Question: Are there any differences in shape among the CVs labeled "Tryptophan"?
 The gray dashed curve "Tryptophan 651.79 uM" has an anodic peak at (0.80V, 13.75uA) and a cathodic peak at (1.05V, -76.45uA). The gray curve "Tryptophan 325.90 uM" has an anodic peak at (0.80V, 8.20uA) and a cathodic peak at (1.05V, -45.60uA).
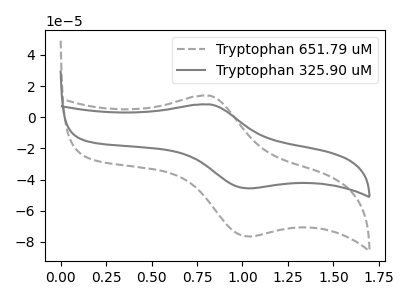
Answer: <think>All the peaks in "Tryptophan 651.79 uM" have a peak in "Tryptophan 325.90 uM" at the same potential. Every peak in "Tryptophan 651.79 uM" is higher than every peak in "Tryptophan 325.90 uM".
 </think>
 <answer>All the CV's of "Tryptophan" have similar shape.</answer>
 <eval>follow_rule</eval>